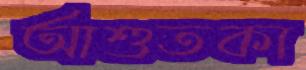
আশুতকা